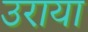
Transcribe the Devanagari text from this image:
उराया